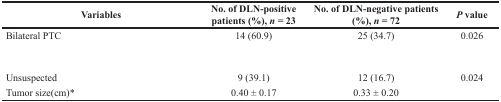
<table><thead><tr><td><b>Variables</b></td><td><b>No. of DLN-positive patients (%), <i>n</i> = 23</b></td><td><b>No. of DLN-negative patients (%), <i>n</i> = 72</b></td><td><b><i>P</i> value</b></td></tr></thead><tbody><tr><td>Bilateral PTC</td><td>14 (60.9)</td><td>25 (34.7)</td><td>0.026</td></tr><tr><td>[EMPTY_CELL]</td><td>[EMPTY_CELL]</td><td>[EMPTY_CELL]</td><td>[EMPTY_CELL]</td></tr><tr><td>Unsuspected</td><td>9 (39.1)</td><td>12 (16.7)</td><td>0.024</td></tr><tr><td>Tumor size(cm)*</td><td>0.40 ± 0.17</td><td>0.33 ± 0.20</td><td>[EMPTY_CELL]</td></tr></tbody></table>